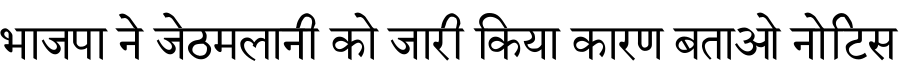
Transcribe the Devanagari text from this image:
भाजपा ने जेठमलानी को जारी किया कारण बताओ नोटिस